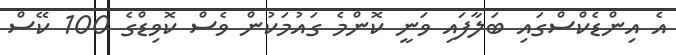
އެ އިންޑެކްސްގައި ބަލާފައި ވަނީ ކޮންމެ ގައުމަކުން ވެސް ކޮވިޑްގެ 100 ކޭސް